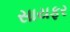
સાયફર